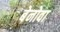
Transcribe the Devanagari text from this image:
बेनोवा